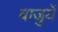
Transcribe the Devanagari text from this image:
बाजुयें